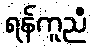
ရန်ကူညီ